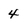
Character: 4